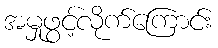
အမှုဖွင့်လိုက်ကြောင်း